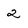
Character: 2